画像に写った文字を読んでください
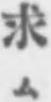
「求ム」と書いてあります